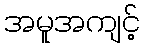
အမူအကျင့်